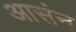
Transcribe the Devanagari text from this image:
आसंन